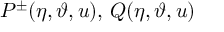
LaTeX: P ^ { \pm } ( \eta , \vartheta , u ) , \, Q ( \eta , \vartheta , u )